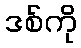
ဒစ်ကို